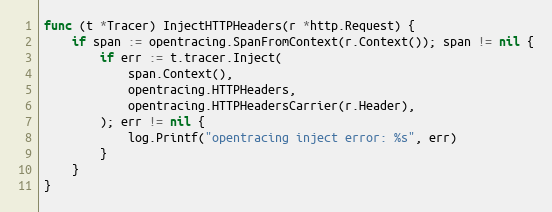
Language: Go
func (t *Tracer) InjectHTTPHeaders(r *http.Request) {
	if span := opentracing.SpanFromContext(r.Context()); span != nil {
		if err := t.tracer.Inject(
			span.Context(),
			opentracing.HTTPHeaders,
			opentracing.HTTPHeadersCarrier(r.Header),
		); err != nil {
			log.Printf("opentracing inject error: %s", err)
		}
	}
}